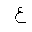
Letter: _ayn